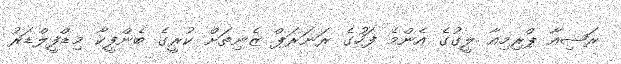
ރަޝިއާ ޕްރިމިއާ ލީގުގެ އެންމެ ފަހުގެ ރަނަރަޕް ޒެނިތަށް ކުރީގެ ބެންފީކާ މިޑްފީލްޑަރު